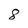
Character: 8